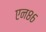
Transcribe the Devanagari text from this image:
एन८६